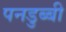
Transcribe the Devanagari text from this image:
पनडुब्‍बी